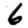
Digit: 6